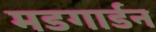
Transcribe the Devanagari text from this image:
मडगार्डन